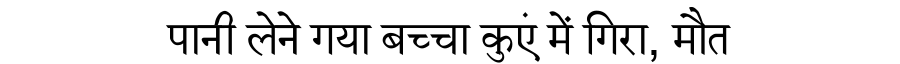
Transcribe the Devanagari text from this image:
पानी लेने गया बच्चा कुएं में गिरा, मौत